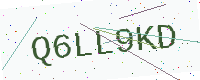
Text: Q6LL9KD